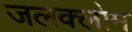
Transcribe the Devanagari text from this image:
जलक्लोम